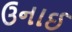
ઉનાઈ